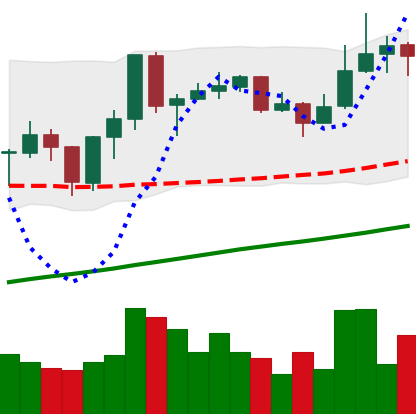
Ticker: ADA-USD
Chart end date: 2019-06-25
Forward return: -14.798%
Label: down_7plus